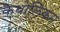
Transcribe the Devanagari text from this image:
कैथोलिकम्